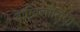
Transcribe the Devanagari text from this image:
वाग्विलासिनी